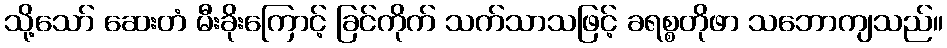
သို့သော် ဆေးတံ မီးခိုးကြောင့် ခြင်ကိုက် သက်သာသဖြင့် ခရစ္စတိုဖာ သဘောကျသည်။